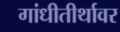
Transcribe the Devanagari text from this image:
गांधीतीर्थावर